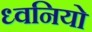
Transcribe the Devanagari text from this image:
ध्वनियो